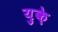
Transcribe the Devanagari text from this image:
युक़े